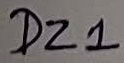
Text: DZ1